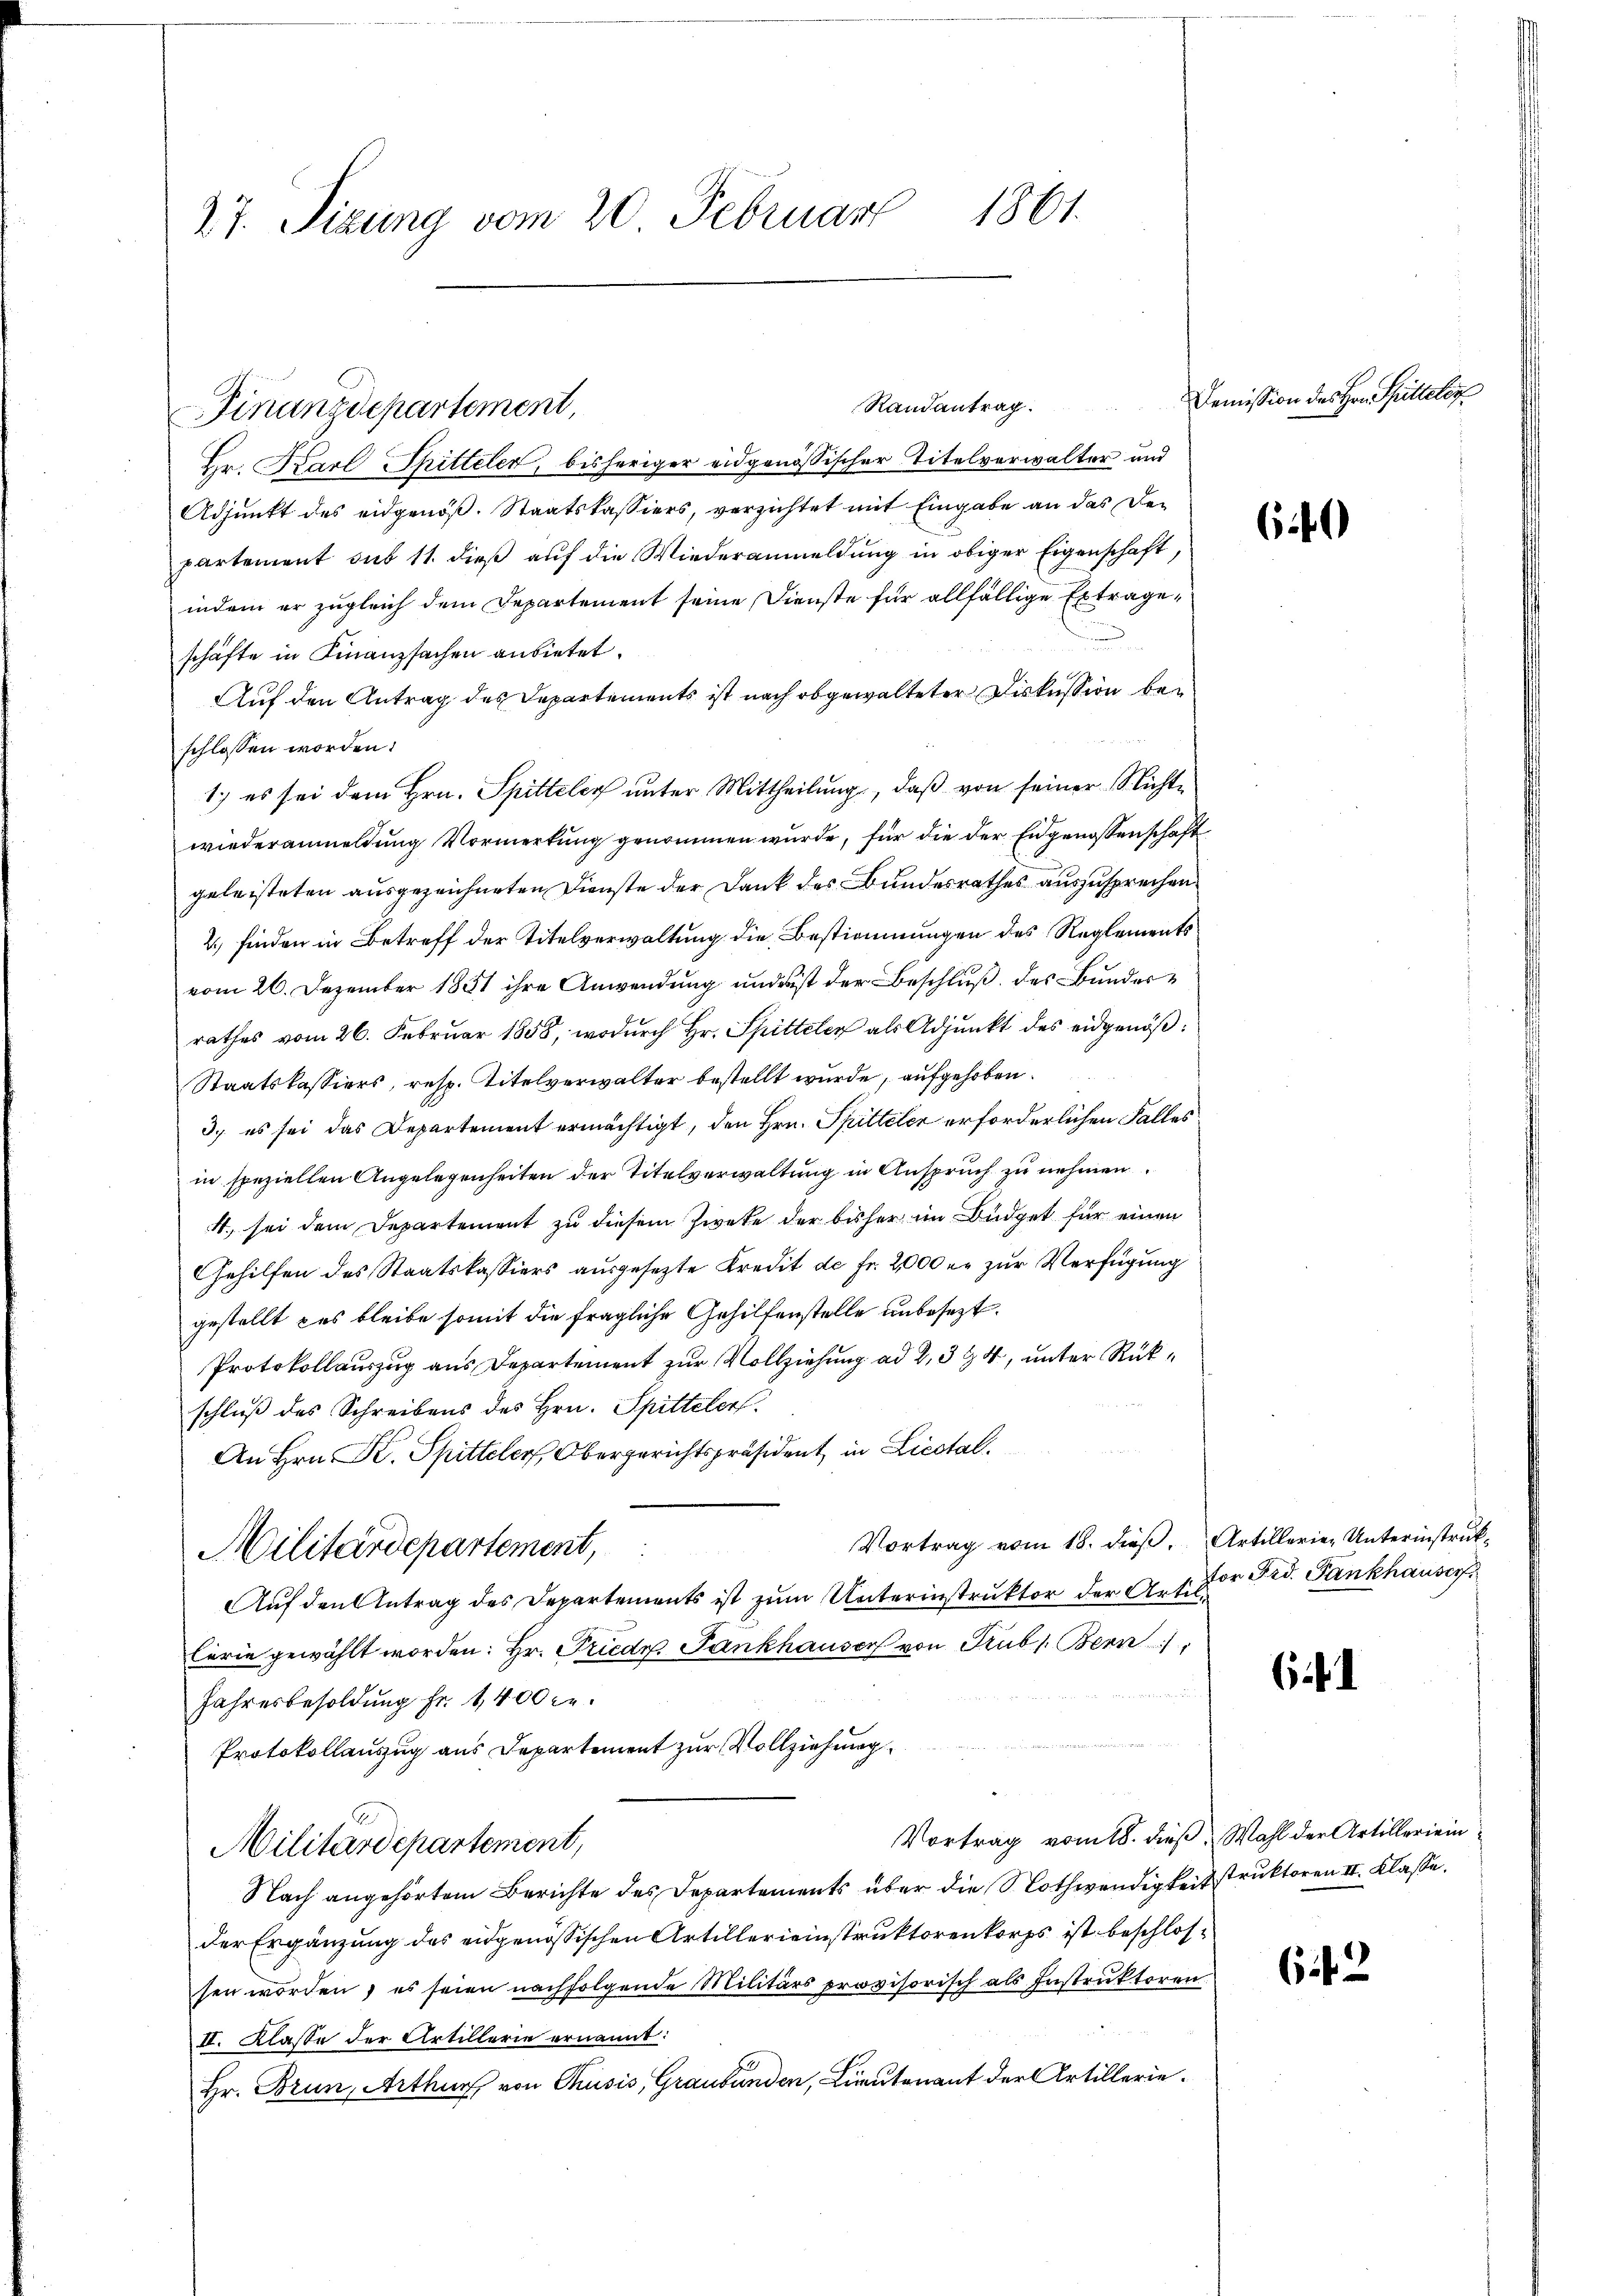
1861.
27. Sizung vom 20. Februar

Hr. Karl Tritteler, bisheriger eidgenössischer Titelverwalter und
Adjunkt des eidgenöß. Staatskassiers, verzichtet mit Eingabe an das Den
partement sub 11. dieß auf die Wiederanmeldung in obiger Eigenschaft,
indem er zugleich dem Departement seine Dienste für allfällige Extrageschäfte in Finanzsachen anbietet.
Auf den Antrag des Departements ist nach abgewalteter Diskussion beschlossen worden.
1.) es sei dem Hrn. Spitteley unter Mittheilung, daß von seiner Nichtwiederanmeldung Vormerkung genommen wurde, für die der Engenossenschaft
geleisteten ausgezeichneten Dienste der Dank des Bundesrathes auszusprechen
2.) finden in Betreff der Titelverwaltung die Bestimmungen des Reglements
vom 26. Dezember 1851 ihre Anwendung und ist der Beschluß des Bunderrathes vom 26. Februar 1858, wodurch Hr. Spitteler als Adjunkt des eidgenöß¬
Staatskassiers, resp. Titelverwalter bestellt wurde, aufgehoben.
3.) es sei das Departement ermächtigt, den Hrn. Spitteler erforderlichen Falles
in speziellen Angelegenheiten der Titelverwaltung in Anspruch zu nehmen.
4., sei dem Departement zu diesem Zweke der bisher im Büdget für einen
Gehilfen des Staatskassiers ausgesetzte Kredit de fr. 2000 er zur Verfügung
gestellt das bleibe somit die fragliche Gehilfenstelle unbesezt.
Protokollauszug aus Departement zur Vollziehung ad 2, 344, unter Rükschluß des Schreibens des Hrn. Spitteler.
An Hrn. Dr. Spitteler, Obergerichtspräsident in Liestal¬
Vortrag vom 18. dieß. Artillerie-Unterinstruk¬
Militärdepartement,
Auf den Antrag des Departements ist zum Unterinstruktor der A. 1. Der Fid. Fankhauser
Cerie gewählt worden: Hr. Friedr. Fankhauser von Trub s. Bern,
Jahresbesoldung fr. 1,400 c.
Protokollauszug aus Departement zur Vollziehung
Vortrag vom 18. dieß, Wahl der Artilleriein¬
Militärdepartement,
Nach angehörtem Berichte des Departements über die Nothwendigkeit struktoren II. Klasse.
der Ergänzung des eidgenössischen Artillerieinstruktorenkorps ist beschlossen worden, es seien nachfolgende Militärs provisorisch als Instruktoren
II. Klasse der Artillerie ernannt:
Hr. Brun, Arthur von Chusis, Graubünden, Lieutenant der Artillerie¬

Finanzdepartement,

Randantrag.

.

Demission des Hrn. Spittelor

640

.

62